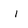
Character: I